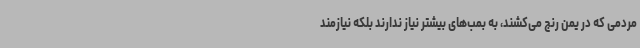
مردمی که در یمن رنج می‌کشند، به بمب‌های بیشتر نیاز ندارند بلکه نیازمند